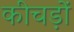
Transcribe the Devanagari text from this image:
कीचड़ों